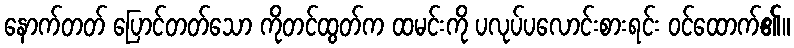
နောက်တတ် ပြောင်တတ်သော ကိုတင်ထွတ်က ထမင်းကို ပလုပ်ပလောင်းစားရင်း ဝင်ထောက်၏။